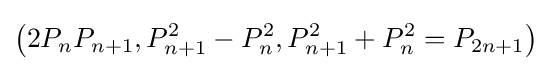
\left(2P_{n}P_{n+1},P_{n+1}^{2}-P_{n}^{2},P_{n+1}^{2}+P_{n}^{2}=P_{2n+1}\right)